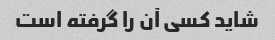
شاید کسی آن را گرفته است